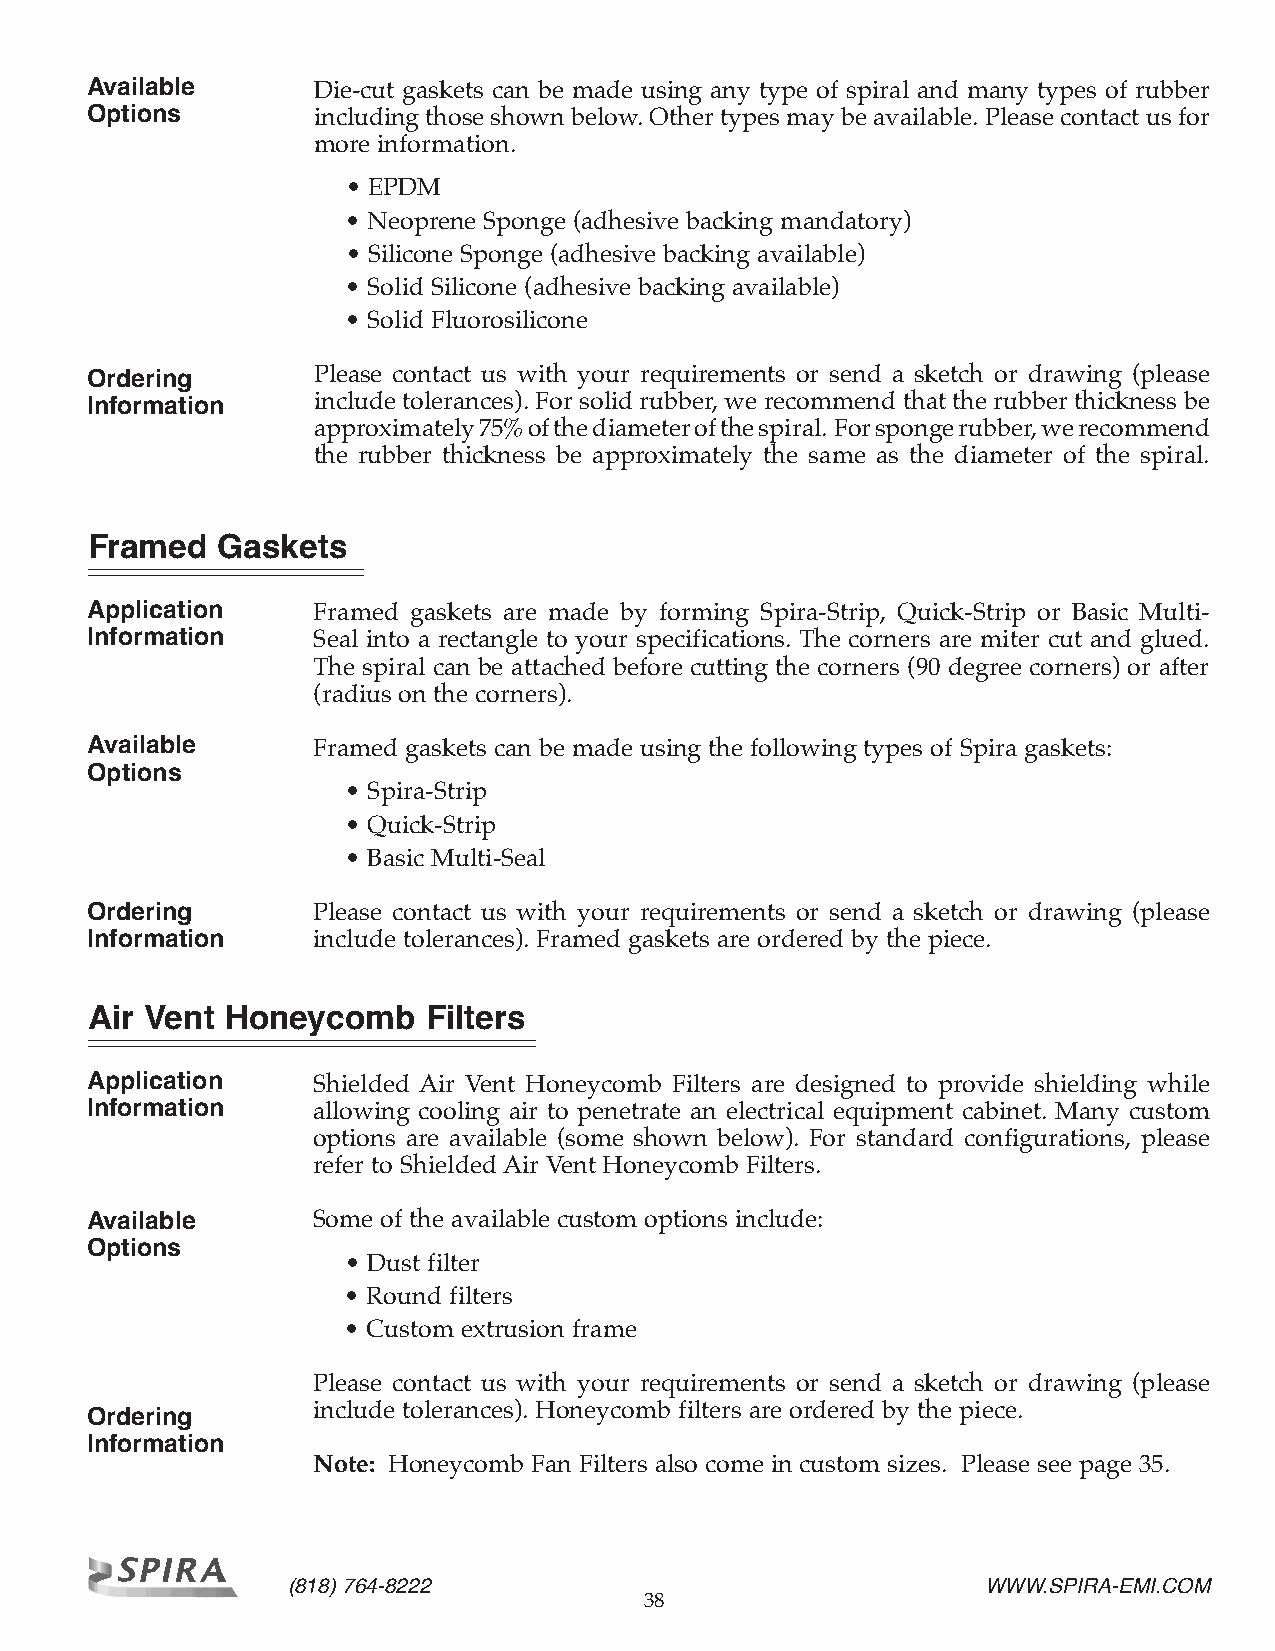
Available      Die-cut gaskets can be made using any type of spiral and many types of rubber
 Options        including those shown below. Other types may be available. Please contact us for
 more information.
 • EPDM
 • Neoprene Sponge (adhesive backing mandatory)
 • Silicone Sponge (adhesive backing available)
 • Solid Silicone (adhesive backing available)
 • Solid Fluorosilicone
 Ordering       Please contact us with your requirements or send a sketch or drawing (please
 Information    include tolerances). For solid rubber, we recommend that the rubber thickness be
 approximately 75% of the diameter of the spiral. For sponge rubber, we recommend
 the rubber thickness be approximately the same as the diameter of the spiral.
 Framed  Gaskets
 Application    Framed gaskets are made by forming Spira-Strip, Quick-Strip or Basic Multi-
 Information    Seal into a rectangle to your specifications. The corners are miter cut and glued.
 The spiral can be attached before cutting the corners (90 degree corners) or after
 (radius on the corners).
 Available      Framed gaskets can be made using the following types of Spira gaskets:
 Options
 • Spira-Strip
 • Quick-Strip
 • Basic Multi-Seal
 Ordering       Please contact us with your requirements or send a sketch or drawing (please
 Information    include tolerances). Framed gaskets are ordered by the piece.
 Air Vent Honeycomb    Filters
 Application    Shielded Air Vent Honeycomb Filters are designed to provide shielding while
 Information    allowing cooling air to penetrate an electrical equipment cabinet. Many custom
 options are available (some shown below). For standard configurations, please
 refer to Shielded Air Vent Honeycomb Filters.
 Available      Some of the available custom options include:
 Options
 • Dust filter
 • Round filters
 • Custom extrusion frame
 Please contact us with your requirements or send a sketch or drawing (please
 include tolerances). Honeycomb filters are ordered by the piece.
 Ordering
 Information
 Note: Honeycomb Fan Filters also come in custom sizes. Please see page 35.
 (818) 764-8222                                WWW.SPIRA-EMI.COM
 38